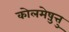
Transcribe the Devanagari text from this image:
कोलमेष़ुत्तु